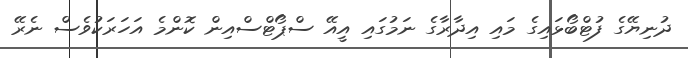
ދުނިޔޭގެ ފުޓްބޯޅައިގެ މައި އިދާރާގެ ނަމުގައި އީއޭ ސްޕޯޓްސްއިން ކޮންމެ އަހަރަކުވެސް ނެރޭ